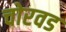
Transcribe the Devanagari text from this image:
चोरवड